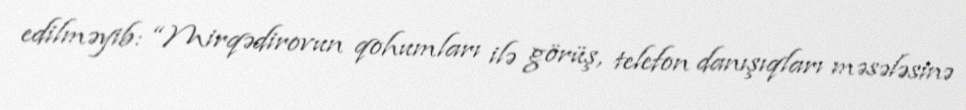
edilməyib: “Mirqədirovun qohumları ilə görüş, telefon danışıqları məsələsinə